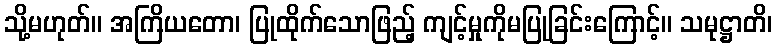
သို့မဟုတ်။ အကြိယတော၊ ပြုထိုက်သောဖြည့် ကျင့်မှုကိုမပြုခြင်းကြောင့်။ သမုဋ္ဌာတိ၊